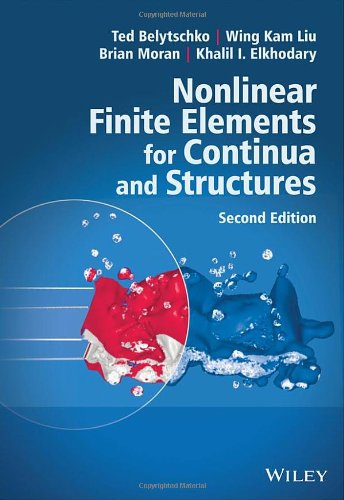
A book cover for Nonlinear Finite Elements for Continua and Structures; Ted Belytschko; Science & Math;